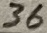
Text: 36